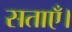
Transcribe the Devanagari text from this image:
सताएँ।